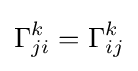
\Gamma _{ji}^{k}=\Gamma _{ij}^{k}